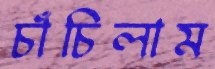
চাঁচিলাম